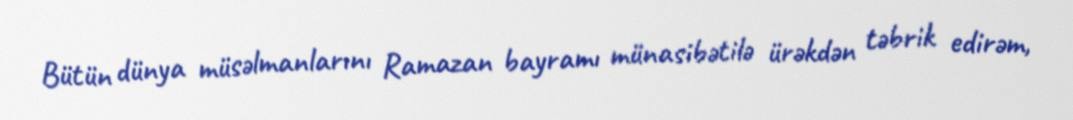
Bütün dünya müsəlmanlarını Ramazan bayramı münasibətilə ürəkdən təbrik edirəm,